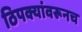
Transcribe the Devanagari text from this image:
ठिपक्यांवरूनच